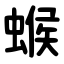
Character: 䗔